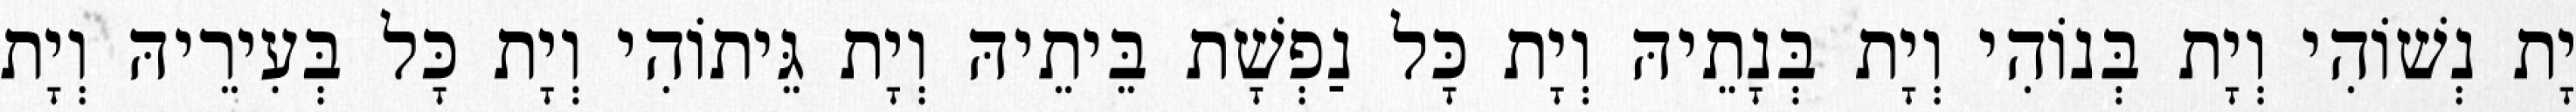
יָת נְשׁוֹהִי וְיָת בְּנוֹהִי וְיָת בְּנָתֵיהּ וְיָת כָּל נַפְשָׁת בֵּיתֵיהּ וְיָת גֵּיתוֹהִי וְיָת כָּל בְּעִירֵיהּ וְיָת